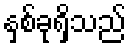
နှစ်ခုရှိသည်